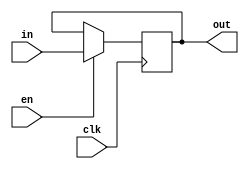
module flag(in,out,clk,en);
input in,clk,en;
output reg out=1'b0;

always @(posedge clk)
begin
if(en)
out<=in;
end
endmodule